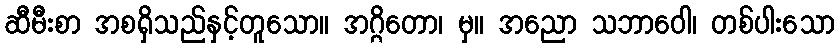
ဆီမီးစာ အစရှိသည်နှင့်တူသော။ အဂ္ဂိတော၊ မှ။ အညော သဘာဝေါ၊ တစ်ပါးသော